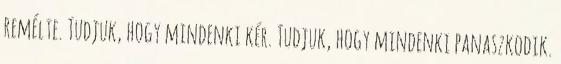
remélte. Tudjuk, hogy mindenki kér. Tudjuk, hogy mindenki panaszkodik.